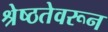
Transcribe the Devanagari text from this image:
श्रेष्ठतेवरून